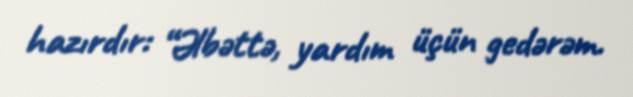
hazırdır: “Əlbəttə, yardım üçün gedərəm.